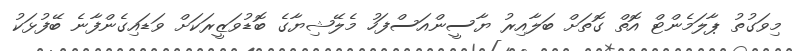
މިވަގުތު ޕާލަމެންޓް އޮތް ގޮތަށް ބަލާއިރު ޔާސީންއަސްފަހު މެލޭޝިޔާގެ ބޮޑުވަޒީރަކަށް ވަޑައިގެންފާނެ ބޭފުޅަކު